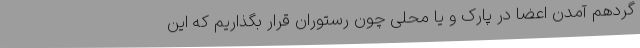
گردهم آمدن اعضا در پارک و یا محلی چون رستوران قرار بگذاریم که این